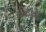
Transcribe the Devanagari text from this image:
बरिक्को